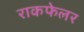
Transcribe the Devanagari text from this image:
राकफेलर